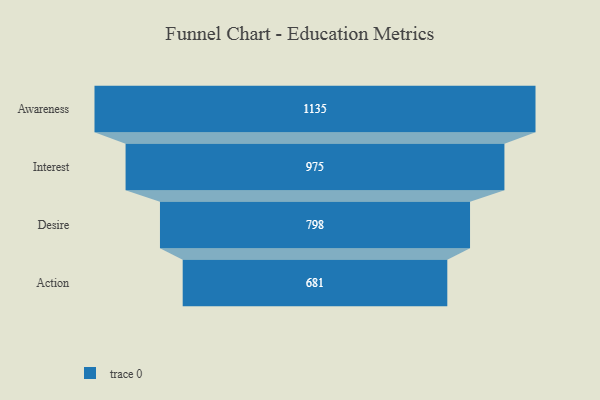
{"axis": {"x": "Stage", "y": "Value"}, "legend": [""], "data": [{"x": "Awareness", "y": 1135.0, "type": ""}, {"x": "Interest", "y": 975.0, "type": ""}, {"x": "Desire", "y": 798.0, "type": ""}, {"x": "Action", "y": 681.0, "type": ""}]}